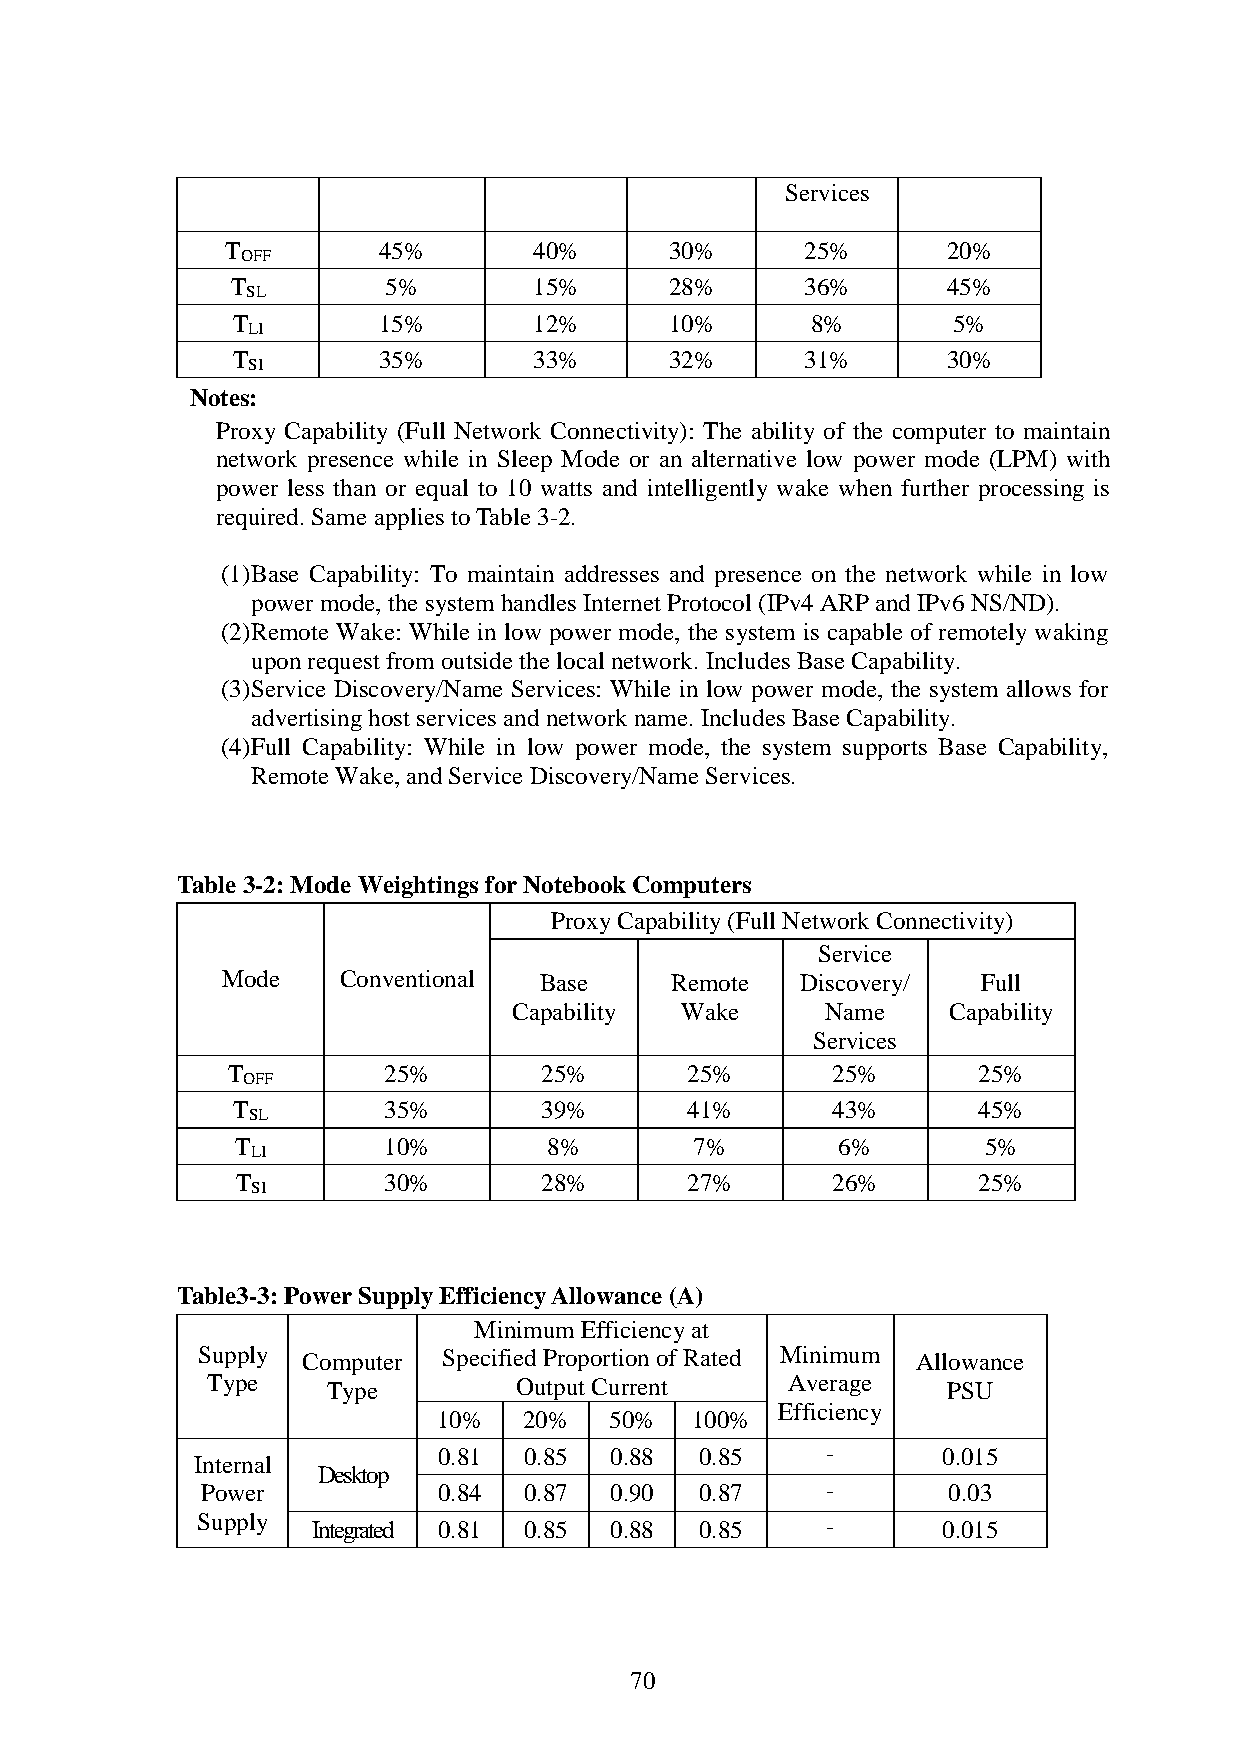
Services
 T         45%       40%      30%      25%       20%
 OFF
 T         5%        15%      28%      36%       45%
 SL
 T         15%       12%      10%       8%       5%
 LI
 T         35%       33%      32%      31%       30%
 SI
 Notes:
 Proxy Capability (Full Network Connectivity): The ability of the computer to maintain
 network presence while in Sleep Mode or an alternative low power mode (LPM) with
 power less than or equal to 10 watts and intelligently wake when further processing is
 required. Same applies to Table 3-2.
 (1) Base Capability: To maintain addresses and presence on the network while in low
 power mode, the system handles Internet Protocol (IPv4 ARP and IPv6 NS/ND).
 (2) Remote Wake: While in low power mode, the system is capable of remotely waking
 upon request from outside the local network. Includes Base Capability.
 (3) Service Discovery/Name Services: While in low power mode, the system allows for
 advertising host services and network name. Includes Base Capability.
 (4) Full Capability: While in low power mode, the system supports Base Capability,
 Remote Wake, and Service Discovery/Name Services.
 Table 3-2: Mode Weightings for Notebook Computers
 Proxy Capability (Full Network Connectivity)
 Service
 Mode   Conventional  Base    Remote   Discovery/  Full
 Capability Wake      Name    Capability
 Services
 T         25%        25%      25%       25%       25%
 OFF
 T         35%        39%      41%       43%       45%
 SL
 T        10%        8%        7%       6%        5%
 LI
 T        30%        28%      27%       26%       25%
 SI
 Table3-3: Power Supply Efficiency Allowance (A)
 Minimum Efficiency at
 Supply Computer Specified Proportion of Rated Minimum Allowance
 Type    Type        Output Current    Average    PSU
 Efficiency
 10%   20%  50%   100%
 0.81  0.85 0.88  0.85     -      0.015
 Internal
 Desktop
 Power           0.84  0.87 0.90  0.87     -       0.03
 Supply  Integrated 0.81 0.85 0.88 0.85    -      0.015
 70